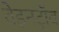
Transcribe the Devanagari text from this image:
वेइनट्रॉब